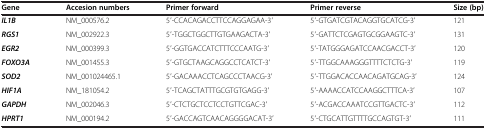
<table><thead><tr><td><b>Gene</b></td><td><b>Accesion numbers</b></td><td><b>Primer forward</b></td><td><b>Primer reverse</b></td><td><b>Size (bp)</b></td></tr></thead><tbody><tr><td><b><i>IL1B</i></b></td><td>NM_000576.2</td><td>5′-CCACAGACCTTCCAGGAGAA-3′</td><td>5′-GTGATCGTACAGGTGCATCG-3′</td><td>121</td></tr><tr><td><b><i>RGS1</i></b></td><td>NM_002922.3</td><td>5′-TGGCTGGCTTGTGAAGACTA-3′</td><td>5′-GATTCTCGAGTGCGGAAGTC-3′</td><td>131</td></tr><tr><td><b><i>EGR2</i></b></td><td>NM_000399.3</td><td>5′-GGTGACCATCTTTCCCAATG-3′</td><td>5′-TATGGGAGATCCAACGACCT-3′</td><td>120</td></tr><tr><td><b><i>FOXO3A</i></b></td><td>NM_001455.3</td><td>5′-GTGCTAAGCAGGCCTCATCT-3′</td><td>5′-TTGGCAAAGGGTTTTCTCTG-3′</td><td>119</td></tr><tr><td><b><i>SOD2</i></b></td><td>NM_001024465.1</td><td>5′-GACAAACCTCAGCCCTAACG-3′</td><td>5′-TTGGACACCAACAGATGCAG-3′</td><td>124</td></tr><tr><td><b><i>HIF1A</i></b></td><td>NM_181054.2</td><td>5′-TCAGCTATTTGCGTGTGAGG-3′</td><td>5′-AAAACCATCCAAGGCTTTCA-3′</td><td>107</td></tr><tr><td><b><i>GAPDH</i></b></td><td>NM_002046.3</td><td>5′-CTCTGCTCCTCCTGTTCGAC-3′</td><td>5′-ACGACCAAATCCGTTGACTC-3′</td><td>112</td></tr><tr><td><b><i>HPRT1</i></b></td><td>NM_000194.2</td><td>5′-GACCAGTCAACAGGGGACAT-3′</td><td>5′-CTGCATTGTTTTGCCAGTGT-3′</td><td>111</td></tr></tbody></table>